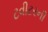
ટવીટરની